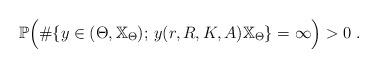
LaTeX: \begin{align*}\mathbb{P} \Big( \#\{ y \in (\Theta,\mathbb{X}_{\Theta}) ;\, y(r,R,K,A) \mathbb{X}_{\Theta}\} = \infty \Big) > 0 ~.\end{align*}